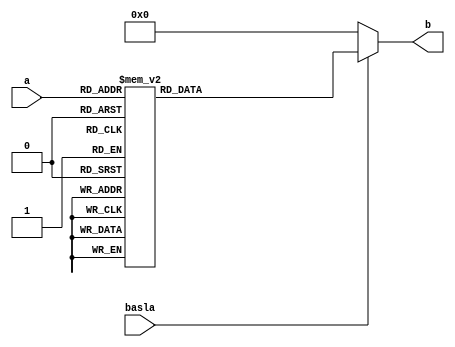
`timescale 1ns / 1ps
//////////////////////////////////////////////////////////////////////////////////
// Company: 
// Engineer: 
// 
// Design Name: 
// Module Name: sBox
// Project Name: 
// Target Devices: 
// Tool Versions: 
// Description: 
// 
// Dependencies: 
// 
// Revision:
// Revision 0.01 - File Created
// Additional Comments:
// 
//////////////////////////////////////////////////////////////////////////////////


module sBox(
input [7:0] a,//Sbox'a gelen 8 bitlik de?erin hangi degeri alacagini belirleyen deger.
input  basla,
output reg[7:0] b//Subbyte isleminden sonra s-box'a gore ulasilan deger.

    );
   
always @(*) begin//Bu kisim a'yi satirina goturecek. Gelen butun degerler s-box'taki degeriyle degistirilecek.
    if(basla)begin//Basla sinyali kontrol ediliyor. 1 oldugu durumda islem gerceklestiriliyor.
        case (a)
           //S-Box 
           8'h00: b=8'h63;8'h01: b=8'h7c;8'h02: b=8'h77;8'h03: b=8'h7b;8'h04: b=8'hf2;8'h05: b=8'h6b;8'h06: b=8'h6f;
           8'h07: b=8'hc5;8'h08: b=8'h30;8'h09: b=8'h01;8'h0a: b=8'h67;8'h0b: b=8'h2b;8'h0c: b=8'hfe;8'h0d: b=8'hd7;
           8'h0e: b=8'hab;8'h0f: b=8'h76;8'h10: b=8'hca;8'h11: b=8'h82;8'h12: b=8'hc9;8'h13: b=8'h7d;8'h14: b=8'hfa;
           8'h15: b=8'h59;8'h16: b=8'h47;8'h17: b=8'hf0;8'h18: b=8'had;8'h19: b=8'hd4;8'h1a: b=8'ha2;8'h1b: b=8'haf;
           8'h1c: b=8'h9c;8'h1d: b=8'ha4;8'h1e: b=8'h72;8'h1f: b=8'hc0;8'h20: b=8'hb7;8'h21: b=8'hfd;8'h22: b=8'h93;
           8'h23: b=8'h26;8'h24: b=8'h36;8'h25: b=8'h3f;8'h26: b=8'hf7;8'h27: b=8'hcc;8'h28: b=8'h34;8'h29: b=8'ha5;
           8'h2a: b=8'he5;8'h2b: b=8'hf1;8'h2c: b=8'h71;8'h2d: b=8'hd8;8'h2e: b=8'h31;8'h2f: b=8'h15;8'h30: b=8'h04;
           8'h31: b=8'hc7;8'h32: b=8'h23;8'h33: b=8'hc3;8'h34: b=8'h18;8'h35: b=8'h96;8'h36: b=8'h05;8'h37: b=8'h9a;
           8'h38: b=8'h07;8'h39: b=8'h12;8'h3a: b=8'h80;8'h3b: b=8'he2;8'h3c: b=8'heb;8'h3d: b=8'h27;8'h3e: b=8'hb2;
           8'h3f: b=8'h75;8'h40: b=8'h09;8'h41: b=8'h83;8'h42: b=8'h2c;8'h43: b=8'h1a;8'h44: b=8'h1b;8'h45: b=8'h6e;
           8'h46: b=8'h5a;8'h47: b=8'ha0;8'h48: b=8'h52;8'h49: b=8'h3b;8'h4a: b=8'hd6;8'h4b: b=8'hb3;8'h4c: b=8'h29;
           8'h4d: b=8'he3;8'h4e: b=8'h2f;8'h4f: b=8'h84;8'h50: b=8'h53;8'h51: b=8'hd1;8'h52: b=8'h00;8'h53: b=8'hed;
           8'h54: b=8'h20;8'h55: b=8'hfc;8'h56: b=8'hb1;8'h57: b=8'h5b;8'h58: b=8'h6a;8'h59: b=8'hcb;8'h5a: b=8'hbe;
           8'h5b: b=8'h39;8'h5c: b=8'h4a;8'h5d: b=8'h4c;8'h5e: b=8'h58;8'h5f: b=8'hcf;8'h60: b=8'hd0;8'h61: b=8'hef;
           8'h62: b=8'haa;8'h63: b=8'hfb;8'h64: b=8'h43;8'h65: b=8'h4d;8'h66: b=8'h33;8'h67: b=8'h85;8'h68: b=8'h45;
           8'h69: b=8'hf9;8'h6a: b=8'h02;8'h6b: b=8'h7f;8'h6c: b=8'h50;8'h6d: b=8'h3c;8'h6e: b=8'h9f;8'h6f: b=8'ha8;
           8'h70: b=8'h51;8'h71: b=8'ha3;8'h72: b=8'h40;8'h73: b=8'h8f;8'h74: b=8'h92;8'h75: b=8'h9d;8'h76: b=8'h38;
           8'h77: b=8'hf5;8'h78: b=8'hbc;8'h79: b=8'hb6;8'h7a: b=8'hda;8'h7b: b=8'h21;8'h7c: b=8'h10;8'h7d: b=8'hff;
           8'h7e: b=8'hf3;8'h7f: b=8'hd2;8'h80: b=8'hcd;8'h81: b=8'h0c;8'h82: b=8'h13;8'h83: b=8'hec;8'h84: b=8'h5f;
           8'h85: b=8'h97;8'h86: b=8'h44;8'h87: b=8'h17;8'h88: b=8'hc4;8'h89: b=8'ha7;8'h8a: b=8'h7e;8'h8b: b=8'h3d;
           8'h8c: b=8'h64;8'h8d: b=8'h5d;8'h8e: b=8'h19;8'h8f: b=8'h73;8'h90: b=8'h60;8'h91: b=8'h81;8'h92: b=8'h4f;
           8'h93: b=8'hdc;8'h94: b=8'h22;8'h95: b=8'h2a;8'h96: b=8'h90;8'h97: b=8'h88;8'h98: b=8'h46;8'h99: b=8'hee;
           8'h9a: b=8'hb8;8'h9b: b=8'h14;8'h9c: b=8'hde;8'h9d: b=8'h5e;8'h9e: b=8'h0b;8'h9f: b=8'hdb;8'ha0: b=8'he0;
           8'ha1: b=8'h32;8'ha2: b=8'h3a;8'ha3: b=8'h0a;8'ha4: b=8'h49;8'ha5: b=8'h06;8'ha6: b=8'h24;8'ha7: b=8'h5c;
           8'ha8: b=8'hc2;8'ha9: b=8'hd3;8'haa: b=8'hac;8'hab: b=8'h62;8'hac: b=8'h91;8'had: b=8'h95;8'hae: b=8'he4;
           8'haf: b=8'h79;8'hb0: b=8'he7;8'hb1: b=8'hc8;8'hb2: b=8'h37;8'hb3: b=8'h6d;8'hb4: b=8'h8d;8'hb5: b=8'hd5;
           8'hb6: b=8'h4e;8'hb7: b=8'ha9;8'hb8: b=8'h6c;8'hb9: b=8'h56;8'hba: b=8'hf4;8'hbb: b=8'hea;8'hbc: b=8'h65;
           8'hbd: b=8'h7a;8'hbe: b=8'hae;8'hbf: b=8'h08;8'hc0: b=8'hba;8'hc1: b=8'h78;8'hc2: b=8'h25;8'hc3: b=8'h2e;
           8'hc4: b=8'h1c;8'hc5: b=8'ha6;8'hc6: b=8'hb4;8'hc7: b=8'hc6;8'hc8: b=8'he8;8'hc9: b=8'hdd;8'hca: b=8'h74;
           8'hcb: b=8'h1f;8'hcc: b=8'h4b;8'hcd: b=8'hbd;8'hce: b=8'h8b;8'hcf: b=8'h8a;8'hd0: b=8'h70;8'hd1: b=8'h3e;
           8'hd2: b=8'hb5;8'hd3: b=8'h66;8'hd4: b=8'h48;8'hd5: b=8'h03;8'hd6: b=8'hf6;8'hd7: b=8'h0e;8'hd8: b=8'h61;
           8'hd9: b=8'h35;8'hda: b=8'h57;8'hdb: b=8'hb9;8'hdc: b=8'h86;8'hdd: b=8'hc1;8'hde: b=8'h1d;8'hdf: b=8'h9e;
           8'he0: b=8'he1;8'he1: b=8'hf8;8'he2: b=8'h98;8'he3: b=8'h11;8'he4: b=8'h69;8'he5: b=8'hd9;8'he6: b=8'h8e;
           8'he7: b=8'h94;8'he8: b=8'h9b;8'he9: b=8'h1e;8'hea: b=8'h87;8'heb: b=8'he9;8'hec: b=8'hce;8'hed: b=8'h55;
           8'hee: b=8'h28;8'hef: b=8'hdf;8'hf0: b=8'h8c;8'hf1: b=8'ha1;8'hf2: b=8'h89;8'hf3: b=8'h0d;8'hf4: b=8'hbf;
           8'hf5: b=8'he6;8'hf6: b=8'h42;8'hf7: b=8'h68;8'hf8: b=8'h41;8'hf9: b=8'h99;8'hfa: b=8'h2d;8'hfb: b=8'h0f;
           8'hfc: b=8'hb0;8'hfd: b=8'h54;8'hfe: b=8'hbb;8'hff: b=8'h16;   
        endcase
	end
	
	else
	   b<=8'b0;
end	
endmodule